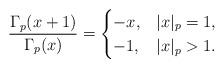
LaTeX: \begin{align*}\frac{\Gamma_p(x+1)}{\Gamma_p(x)}=\begin{cases}-x,&|x|_p=1,\\-1,&|x|_p>1.\end{cases}\end{align*}